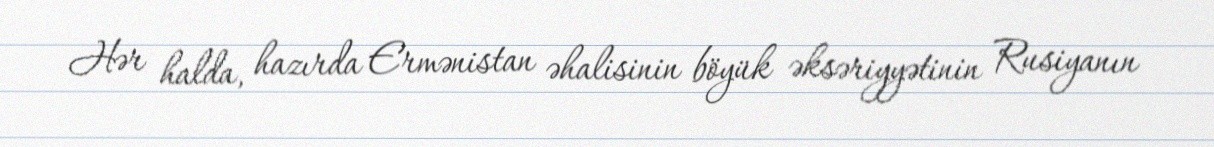
Hər halda, hazırda Ermənistan əhalisinin böyük əksəriyyətinin Rusiyanın